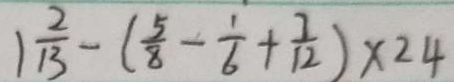
1 \frac { 2 } { 1 3 } - ( \frac { 5 } { 8 } - \frac { 1 } { 6 } + \frac { 7 } { 1 2 } ) \times 2 4